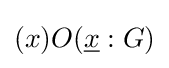
(x)O({\underline {x}}:G)